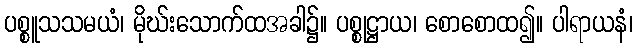
ပစ္စူသသမယံ၊ မိုဃ်းသောက်ထအခါ၌။ ပစ္စုဋ္ဌာယ၊ စောစောထ၍။ ပါရာယနံ၊